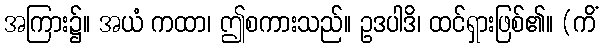
အကြား၌။ အယံ ကထာ၊ ဤစကားသည်။ ဥဒပါဒိ၊ ထင်ရှားဖြစ်၏။ (ကိံ